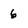
Character: 6